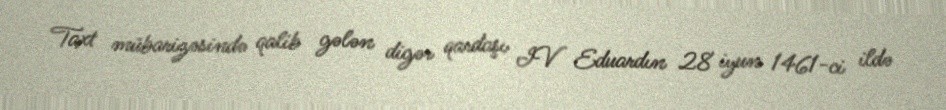
Taxt mübarizəsində qalib gələn digər qardaşı IV Eduardın 28 iyun 1461-ci ildə